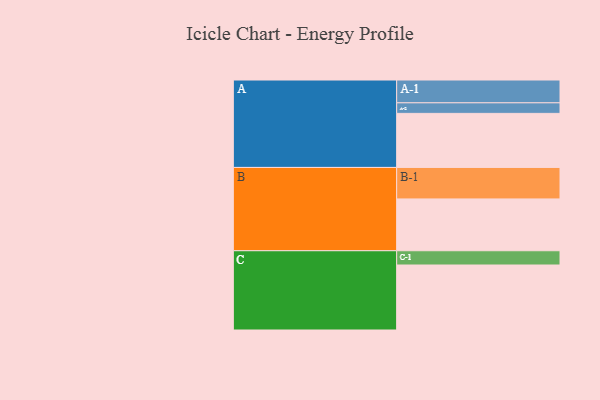
{"axis": {"x": "Segment", "y": "Value"}, "legend": ["", "A", "B", "C"], "data": [{"x": "A", "y": 455, "type": ""}, {"x": "B", "y": 436, "type": ""}, {"x": "C", "y": 547, "type": ""}, {"x": "A-1", "y": 192, "type": "A"}, {"x": "A-2", "y": 89, "type": "A"}, {"x": "B-1", "y": 265, "type": "B"}, {"x": "C-1", "y": 120, "type": "C"}]}